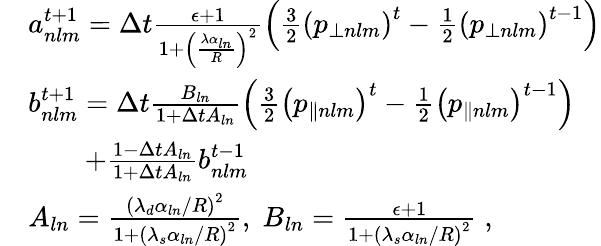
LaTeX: \begin{array}{rl}&{a_{nlm}^{t+1}=\Delta t\frac{\epsilon+1}{1+\left(\frac{\lambda\alpha_{ln}}{R}\right)^{2}}\left(\frac{3}{2}\left(p_{\perp nlm}\right)^{t}-\frac{1}{2}\left(p_{\perp nlm}\right)^{t-1}\right)}\\ &{b_{nlm}^{t+1}=\Delta t\frac{B_{ln}}{1+\Delta tA_{ln}}\left(\frac{3}{2}\left(p_{\parallel nlm}\right)^{t}-\frac{1}{2}\left(p_{\parallel nlm}\right)^{t-1}\right)}\\ &{\quad\quad+\frac{1-\Delta tA_{ln}}{1+\Delta tA_{ln}}b_{nlm}^{t-1}}\\ &{A_{ln}=\frac{\left(\lambda_{d}\alpha_{ln}/R\right)^{2}}{1+\left(\lambda_{s}\alpha_{ln}/R\right)^{2}},\; B_{ln}=\frac{\epsilon+1}{1+\left(\lambda_{s}\alpha_{ln}/R\right)^{2}}\; ,}\end{array}